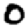
Digit: 0